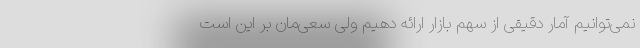
نمی‌توانیم آمار دقیقی از سهم بازار ارائه دهیم ولی سعی‌مان بر این است